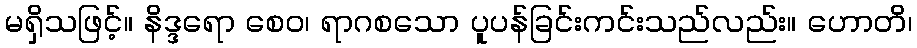
မရှိသဖြင့်။ နိဒ္ဒရော စေဝ၊ ရာဂစသော ပူပန်ခြင်းကင်းသည်လည်း။ ဟောတိ၊